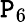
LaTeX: \mathtt{P}_{6}